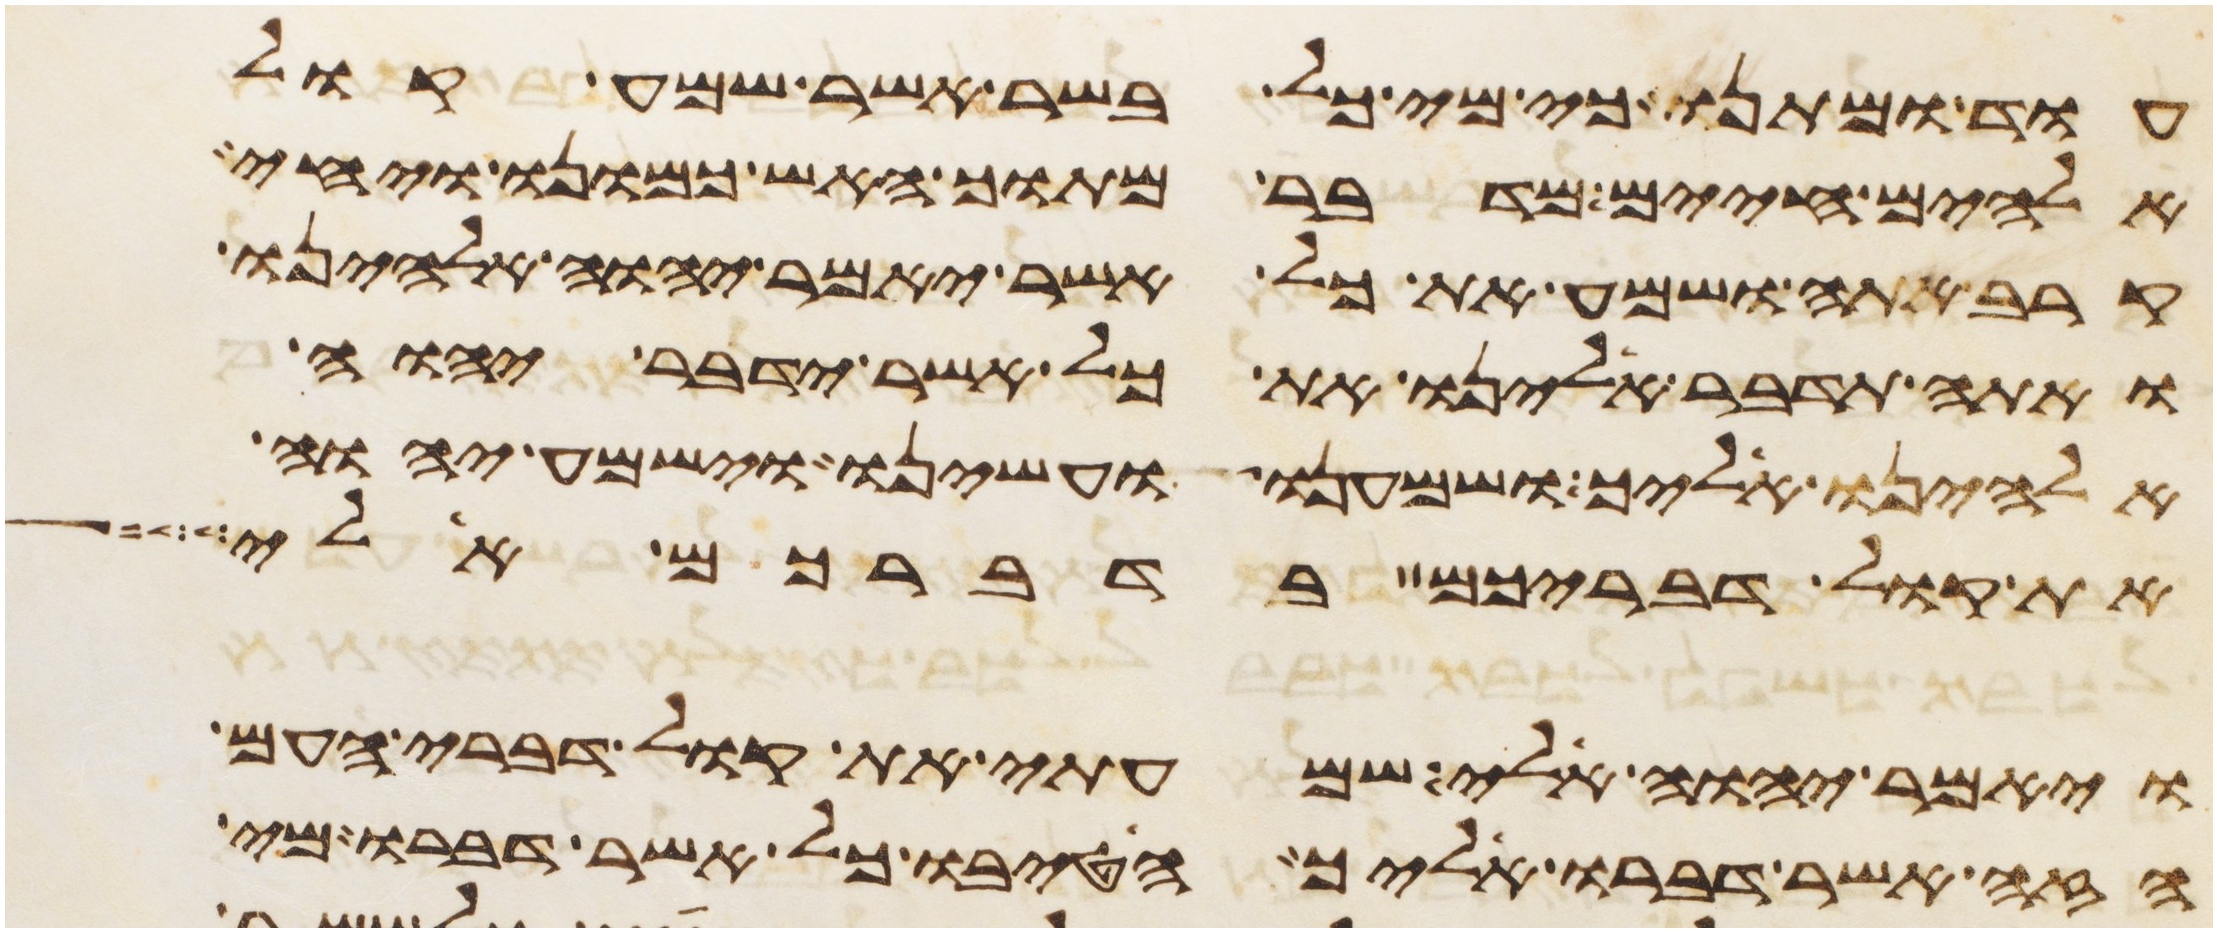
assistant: עוד ומתנו כי מי כל בשר אשר שמע קול
אלהים חיים מדבר מתוך האש כמונו ויחי
קרב אתה ושמע את כל אשר יאמר יהוה אלהינו
ואתה תדבר אלינו את כל אשר ידבר יהוה
אלהינו אליך ושמענו ועשינו וישמע יהוה
את קול דבריכם בדברכם אלי
ויאמר יהוה אלי שמעתי את קול דברי העם
הזה אשר דברו אליך הטיבו כל אשר דברו מי